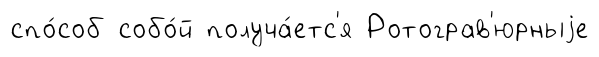
спо́соб собо́й получа́етс'я Ротограв'юрныjе